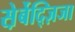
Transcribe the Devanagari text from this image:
स़ेर्बेद्ज़िजा